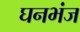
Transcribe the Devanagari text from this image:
घनभंज